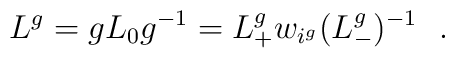
L^{g}=gL_{0}g^{-1}=L_{+}^{g}w_{i^{g}}(L_{-}^{g})^{-1}\ \ .